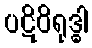
ပဋိဝိရုဒ္ဓါ